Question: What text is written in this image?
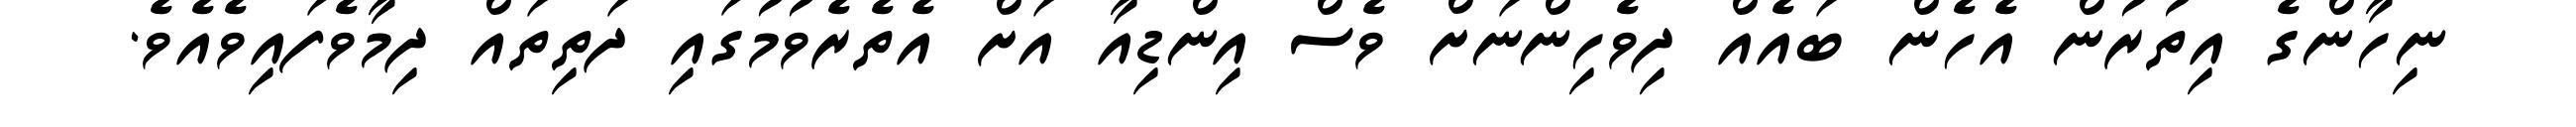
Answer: ނިހާންގެ އިތުރުން އެހެން ބައެއް ދިވެހިންނަށް ވެސް އިންޑިއާ އަށް އެތެރެވުމުގައި ދަތިތައް ދިމާވެފައިވެއެވެ.